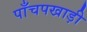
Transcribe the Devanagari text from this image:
पाँचपखाड़ी